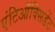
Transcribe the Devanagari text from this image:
एंटिऑक्सिडेंट